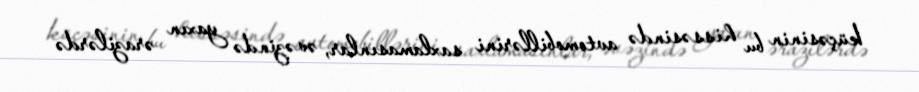
küçəsinin bu hissəsində avtomobillərini saxlamasınlar, əvəzində yaxın ərazilərdə